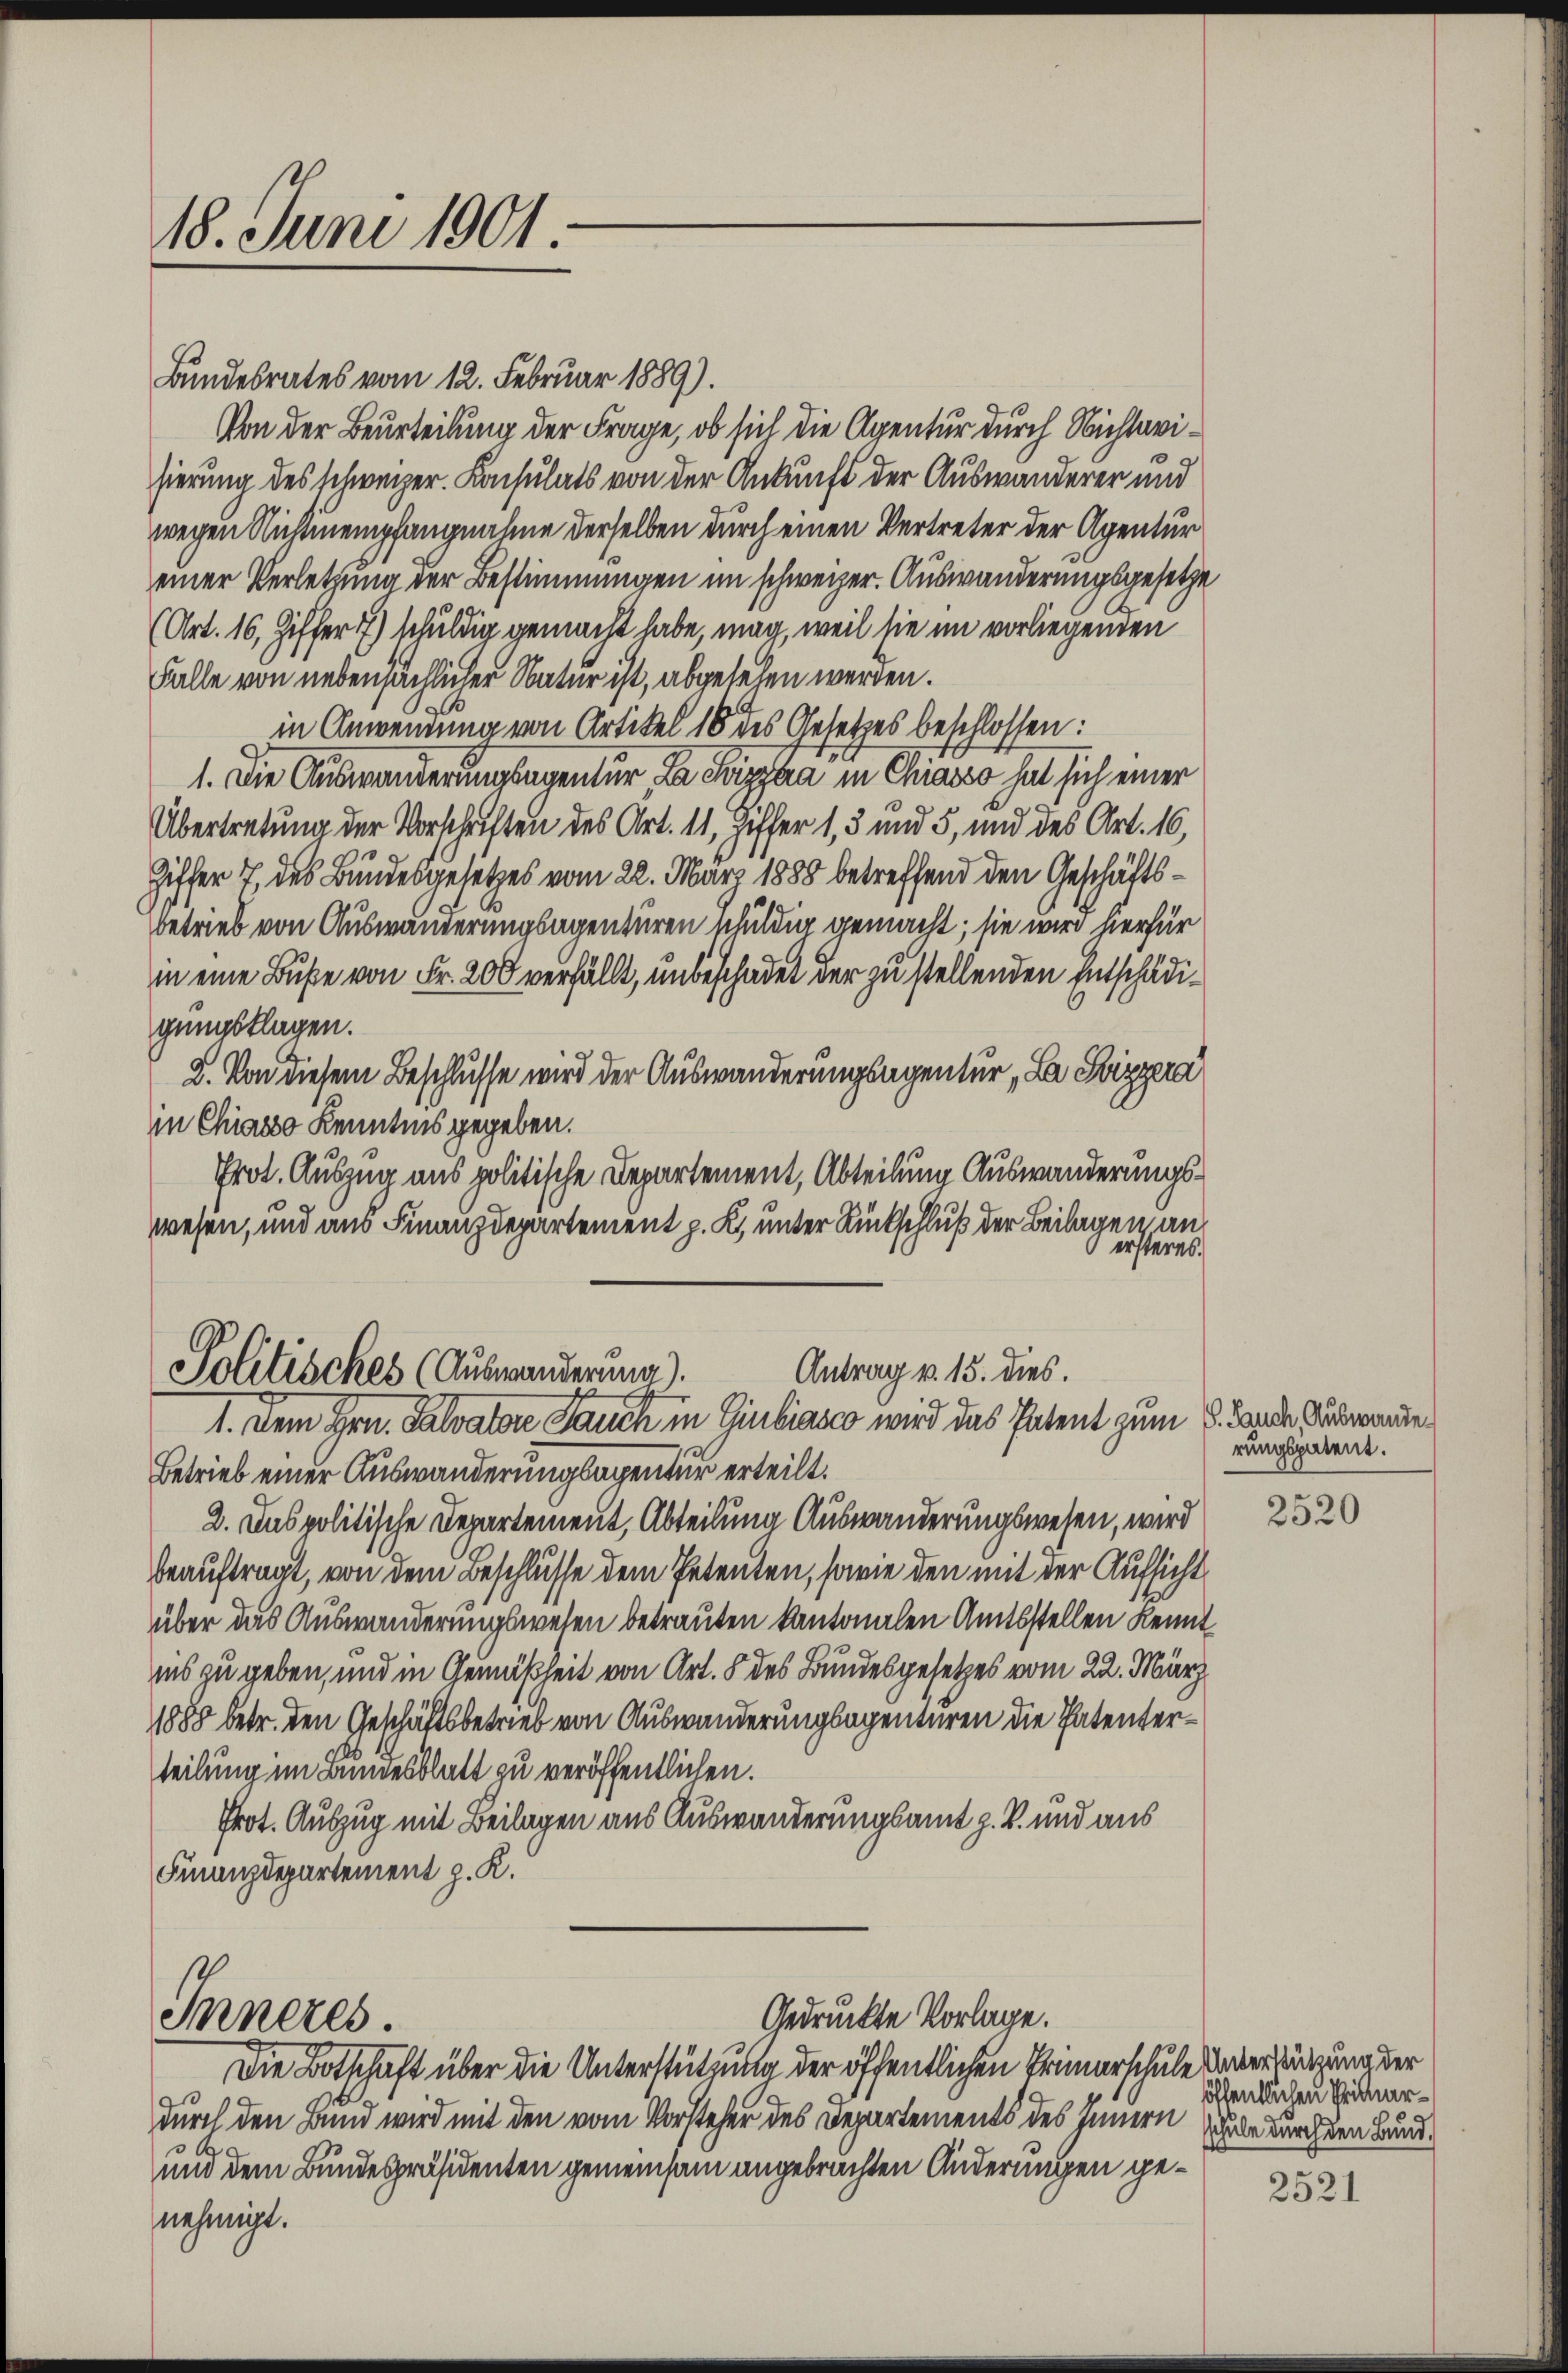
18. Juni 1901:

Bundesrates vom 12. Februar 1889).
Von der Beurteilung der Frage, ob sich die Agentur durch Nichtavisierung des schweizer. Konsulats von der Ankunft der Auswanderer und
wegen Nichtmempfangnahme derselben durch einen Vertreter der Agentur
einer Verletzung der Bestimmungen im schweizer. Auswanderungsgesetze
(Art. 16, Ziffer 7) schuldig gemacht habe, mag, weil sie im vorliegenden
Falle von nebensächlicher Natur ist, abgesehen werden.
in Anwendung von Artikel 18 des Gesetzes beschlossen:
1. Die Auswanderungsagentur La chizzara in Chiasso hat sich einer
Übertretung der Vorschriften des Art. 11, Ziffer 1, 3 und 5, und des Art. 16,
Ziffer 7 des Bundesgesetzes vom 22. März 1888 betreffend den Geschäftsbetrieb von Auswanderungsagenturen schuldig gemacht; sie wird hierfür
in eine Buße von Fr. 200 verfällt, unbeschadet der zu stellenden Entschädigungsklagen.
2. Von diesem Beschlusse wird der Auswanderungsagentur „La Svizzera
in Chiasso Kenntnis gegeben.
Prot. Auszug aus politische Departement, Abteilung Auswanderungswesen, und aus Finanzdepartement p. K. unter Rückschluß der Beilagen an
ersteres.

Antrag v. 15. dies.
Politisches (Auswanderung).
1. Dem Hrn. Salvator Jauch in Giubiasco wird das Patent zum K. Lande Verwande

Betrieb einer Auswanderungsagentur erteilt.
2. Das politische Departement, Abteilung Auswanderungswesen, wird
beauftragt, von dem Beschlüsse dem Petenten, sowie den mit der Aufsicht
über das Auswanderungswesen betrauten kantonalen Amtsstellen kenntins zu geben, und in Gemäßheit von Art. 8 des Bundesgesetzes vom 22. März
1888 betr. den Geschäftsbetrieb von Auswanderungsapentiren die Patenterteilung im Bundesblatt zu veröffentlichen.
Prot. Auszug mit Beilagen aus Auswanderungsamt z. B. und aus
Finanzdepartement z. K.

Inneres.

Gedruckte Vorlage.

Die Botschaft über die Unterstützung der öffentlichen Primarschule der Sitzung der
durch den Bund wird mit den vom Vorsteher des Departements des Innern habe durch den Bund¬
und dem Bundespräsidenten gemeinsam angebrachten Änderungen genehmigt.

rungspatent.

2520

öffentlichen Primar¬

2521